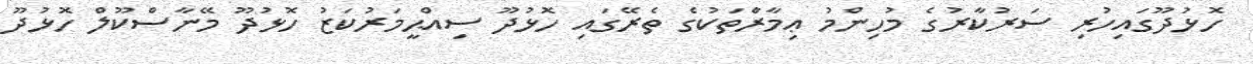
ހޮޅުދޫގައިހުރި ސަރުކާރުގެ މުހިންމު ޢިމާރާްތަކުގެ ތެރޭގައި ހޮޅުދޫ ސިއްޙީމަރުކަޒު ހޮޅުދޫ މޭނާސްކޫލް ހޮޅުދޫ